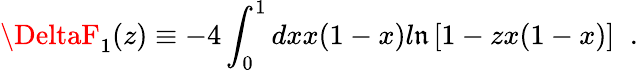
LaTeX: \DeltaF_{1}(z)\equiv-4\int_{0}^{1}dxx(1-x)l\mathfrak{n}\left[1-zx(1-x)\right]\; \; .